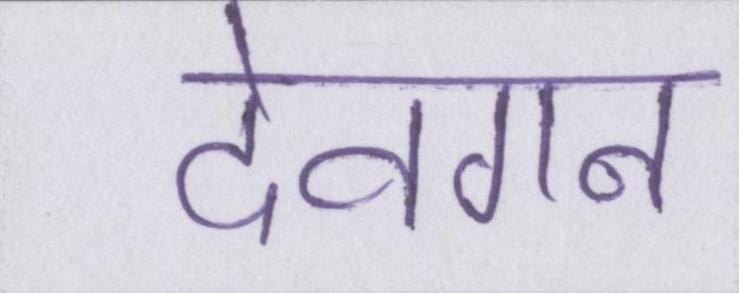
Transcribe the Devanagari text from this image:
देवगन